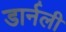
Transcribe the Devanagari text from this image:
डार्नली